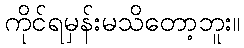
ကိုင်ရမှန်းမသိတော့ဘူး။